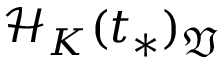
\mathcal { H } _ { K } ( t _ { * } ) _ { \mathfrak { V } }